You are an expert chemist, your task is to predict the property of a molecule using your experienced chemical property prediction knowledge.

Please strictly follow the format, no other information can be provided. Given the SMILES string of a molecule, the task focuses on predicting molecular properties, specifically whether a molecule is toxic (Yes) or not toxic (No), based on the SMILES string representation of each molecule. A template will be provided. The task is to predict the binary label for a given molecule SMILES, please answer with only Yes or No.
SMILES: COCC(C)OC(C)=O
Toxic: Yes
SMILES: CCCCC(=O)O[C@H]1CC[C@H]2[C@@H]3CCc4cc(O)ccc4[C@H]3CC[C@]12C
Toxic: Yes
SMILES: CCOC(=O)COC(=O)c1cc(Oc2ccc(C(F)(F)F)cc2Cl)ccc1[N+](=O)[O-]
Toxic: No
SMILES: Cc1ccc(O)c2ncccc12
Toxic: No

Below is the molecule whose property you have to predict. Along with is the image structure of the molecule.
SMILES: NCCCOCCOCCOCCCN
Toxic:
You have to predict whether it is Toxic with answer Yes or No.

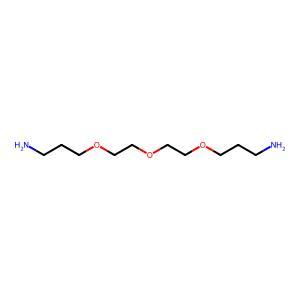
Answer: No